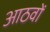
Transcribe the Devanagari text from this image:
आठवों